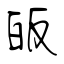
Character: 皈